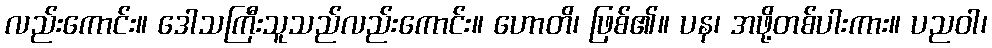
လည်းကောင်း။ ဒေါသကြီးသူသည်လည်းကောင်း။ ဟောတိ၊ ဖြစ်၏။ ပန၊ အဖို့တစ်ပါးကား။ ပညဝါ၊